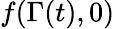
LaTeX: f(\Gamma(t),0)